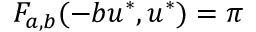
F _ { a , b } ( - b u ^ { * } , u ^ { * } ) = \pi